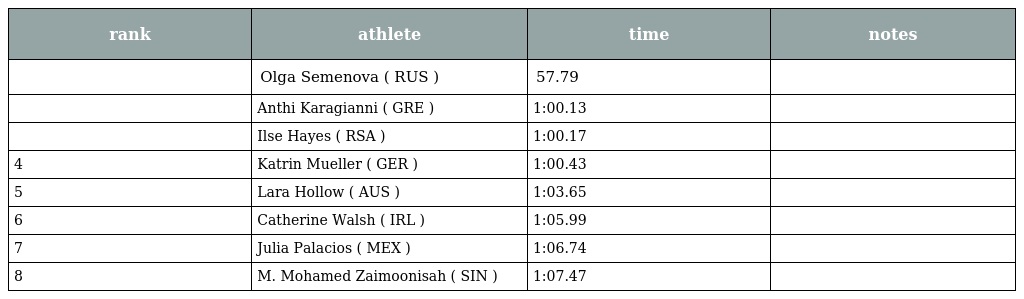
| rank | athlete | time | notes |
 | --- | --- | --- | --- |
 |  | Olga Semenova ( RUS ) | 57.79 |  |
 |  | Anthi Karagianni ( GRE ) | 1:00.13 |  |
 |  | Ilse Hayes ( RSA ) | 1:00.17 |  |
 | 4 | Katrin Mueller ( GER ) | 1:00.43 |  |
 | 5 | Lara Hollow ( AUS ) | 1:03.65 |  |
 | 6 | Catherine Walsh ( IRL ) | 1:05.99 |  |
 | 7 | Julia Palacios ( MEX ) | 1:06.74 |  |
 | 8 | M. Mohamed Zaimoonisah ( SIN ) | 1:07.47 |  |